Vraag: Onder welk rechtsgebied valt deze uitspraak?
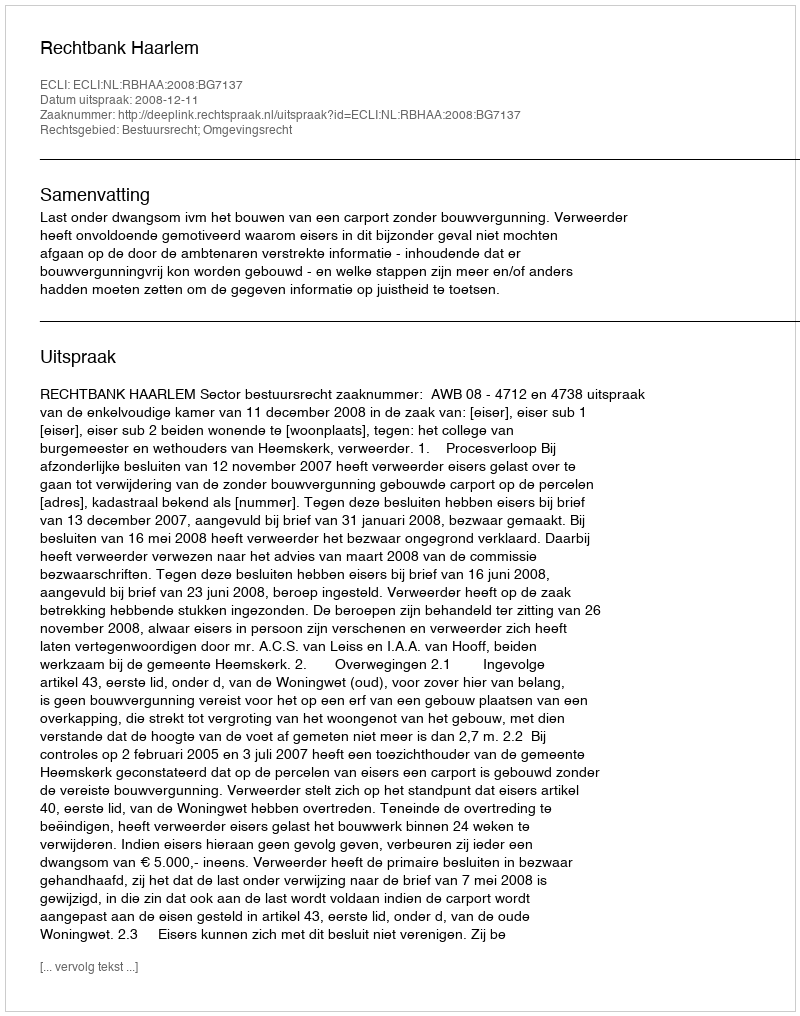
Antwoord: Bestuursrecht; Omgevingsrecht